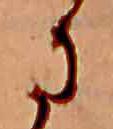
に